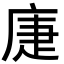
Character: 𢈻